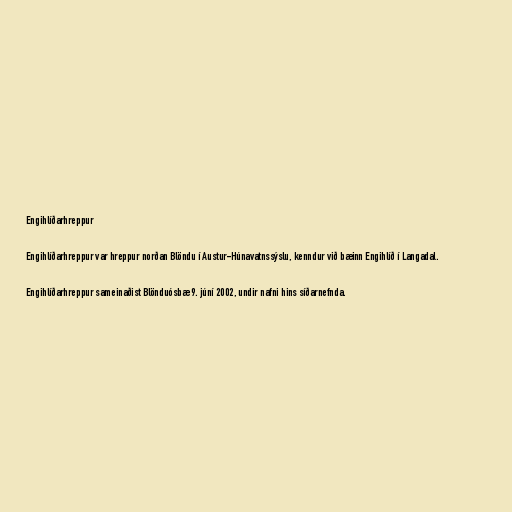
Engihlíðarhreppur

Engihlíðarhreppur var hreppur norðan Blöndu í Austur-Húnavatnssýslu, kenndur við bæinn Engihlíð í Langadal.

Engihlíðarhreppur sameinaðist Blönduósbæ 9. júní 2002, undir nafni hins síðarnefnda.